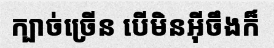
ក្បាច់ច្រើន បើមិនអ៊ីចឹងក៏